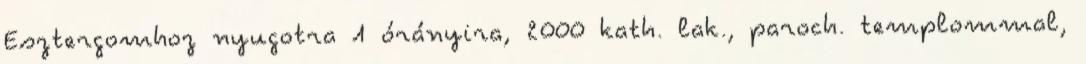
Esztergomhoz nyugotra 1 órányira, 2000 kath. lak., paroch. templommal,